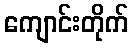
ကျောင်းတိုက်